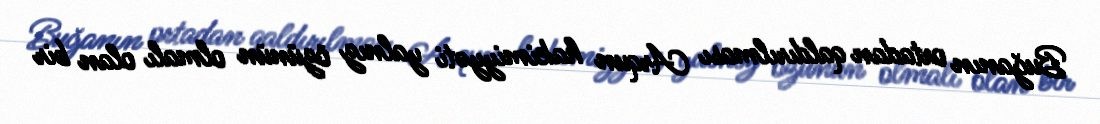
Buğanın ortadan qaldırılması Arqun hakimiyyəti yalnız özünün olmalı olan bir